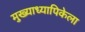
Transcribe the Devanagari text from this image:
मुख्याध्यापिकेला